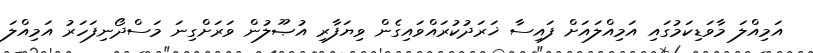
އަމިއްލަ މާވަޑިކަމުގައި އަމިއްލައަށް ފައިސާ ޚަރަދުކުރައްވައިގެން ވިޔަފާރި އުޞޫލުން ވަރަށްގިނަ މަސްދޯނިފަހަރު އަމިއްލަ